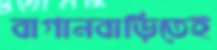
বাগানবাড়িতেই